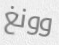
وونغ